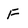
Character: F